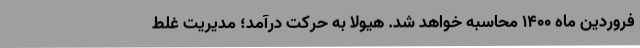
فروردین ماه ۱۴۰۰ محاسبه خواهد شد. هیولا به حرکت درآمد؛ مدیریت غلط